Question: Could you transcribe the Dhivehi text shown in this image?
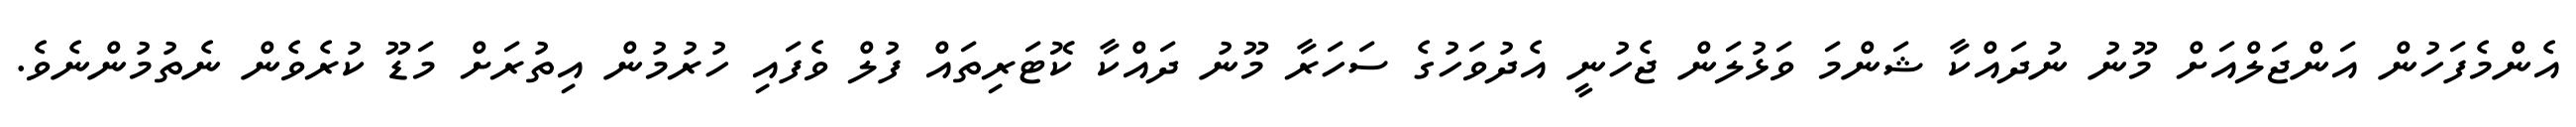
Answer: އެންމެފަހުން އަންޖަލްއަށް މޫނު ނުދައްކާ ޝަންމަ ވަޅުލަން ޖެހުނީ އެދުވަހުގެ ސަހަރާ މޫނު ދައްކާ ކޮޓަރިތައް ފުލް ވެފައި ހުރުމުން އިތުރަށް މަޑޫ ކުރެވެން ނެތުމުންނެވެ.